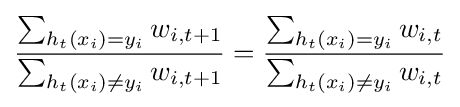
{\frac {\sum _{h_{t}(x_{i})=y_{i}}w_{i,t+1}}{\sum _{h_{t}(x_{i})\neq y_{i}}w_{i,t+1}}}={\frac {\sum _{h_{t}(x_{i})=y_{i}}w_{i,t}}{\sum _{h_{t}(x_{i})\neq y_{i}}w_{i,t}}}